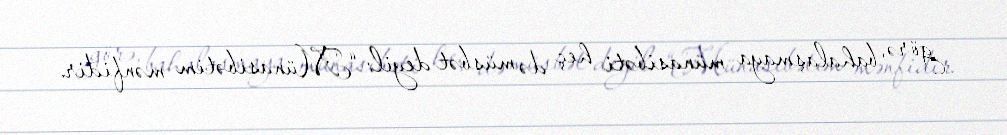
görə, bahalaşmaya münasibəti heç də müsbət deyil: “Münasibətim mənfidir.